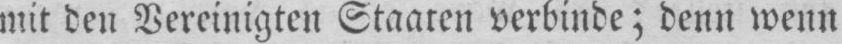
mit den Vereinigten Staaten verbinde; denn wenn